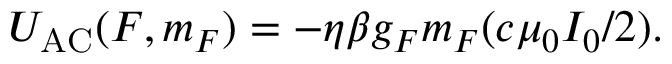
U _ { \mathrm { { A C } } } ( F , m _ { F } ) = - \eta \beta g _ { F } m _ { F } ( c \mu _ { 0 } I _ { 0 } / 2 ) .